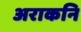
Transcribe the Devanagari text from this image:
अराकनि